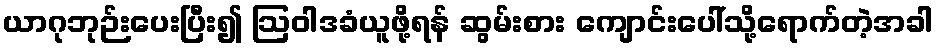
ယာဂုဘုဉ်းပေးပြီး၍ ဩဝါဒခံယူဖို့ရန် ဆွမ်းစား ကျောင်းပေါ်သို့ရောက်တဲ့အခါ